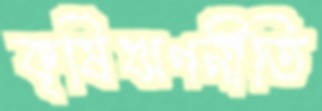
কৃষিঋণনীতি